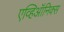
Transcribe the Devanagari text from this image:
एव्हिऑनिक्स